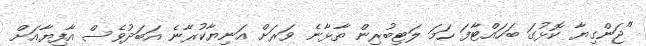
"ޖަންގިޔާ ކޮޅުގަ ބަހައްޓާފަ ހަމަ ލަޓިބުރިން ތާޅާނެ ވަރަށް އަނިޔާކުރާނެ އަބަދުވެސް އާފިޔާއަށް